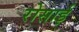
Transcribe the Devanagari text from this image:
रोसाई